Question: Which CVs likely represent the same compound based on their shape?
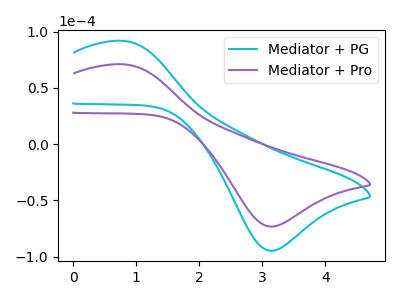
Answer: <think>The cyan curve "Mediator + PG" has an anodic peak at (0.75V, 91.80uA) and a cathodic peak at (3.10V, -94.70uA). The purple curve "Mediator + Pro" has an anodic peak at (0.75V, 70.95uA) and a cathodic peak at (3.10V, -73.20uA).
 All the peaks in "Mediator + PG" have a peak in "Mediator + Pro" at the same potential. Every peak in "Mediator + PG" is higher than every peak in "Mediator + Pro".</think>
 <answer>"Mediator + Pro" and "Mediator + PG" have the same shape and are likely CV's of the same chemical.</answer>
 <eval>"Mediator + Pro" "Mediator + PG"</eval>